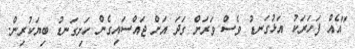
"އެއް ފަހަރަކު އަޅުގަނޑު ވެސް ވަރަށް ގަދަ އަށް ޖައްސައިގެން ހަށިގަނޑު ބިޔަކުރިން.